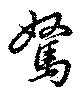
駑